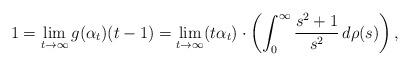
LaTeX: \begin{align*} 1=\lim_{t\rightarrow \infty} g(\alpha_t)(t-1) =\lim_{t\rightarrow \infty} (t\alpha_t)\cdot \left( \int_0^\infty\frac{s^2+1}{s^2}\,d\rho(s)\right),\end{align*}